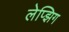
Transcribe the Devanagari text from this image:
लेप्झिग